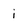
Character: i